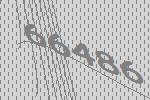
66486